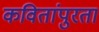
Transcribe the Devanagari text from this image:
कवितांपुरता